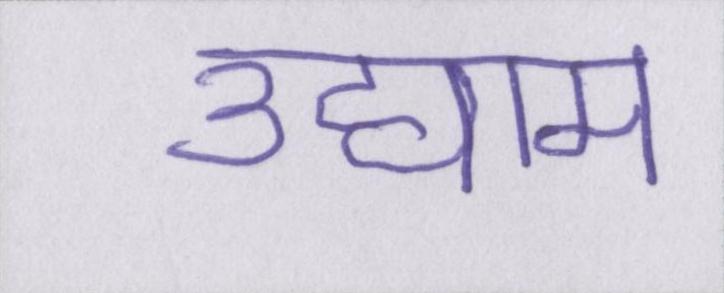
उद्याम